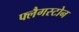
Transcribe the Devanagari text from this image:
फ्लैगस्टोन